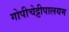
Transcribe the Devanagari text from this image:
गोपीचेट्टीपालयम